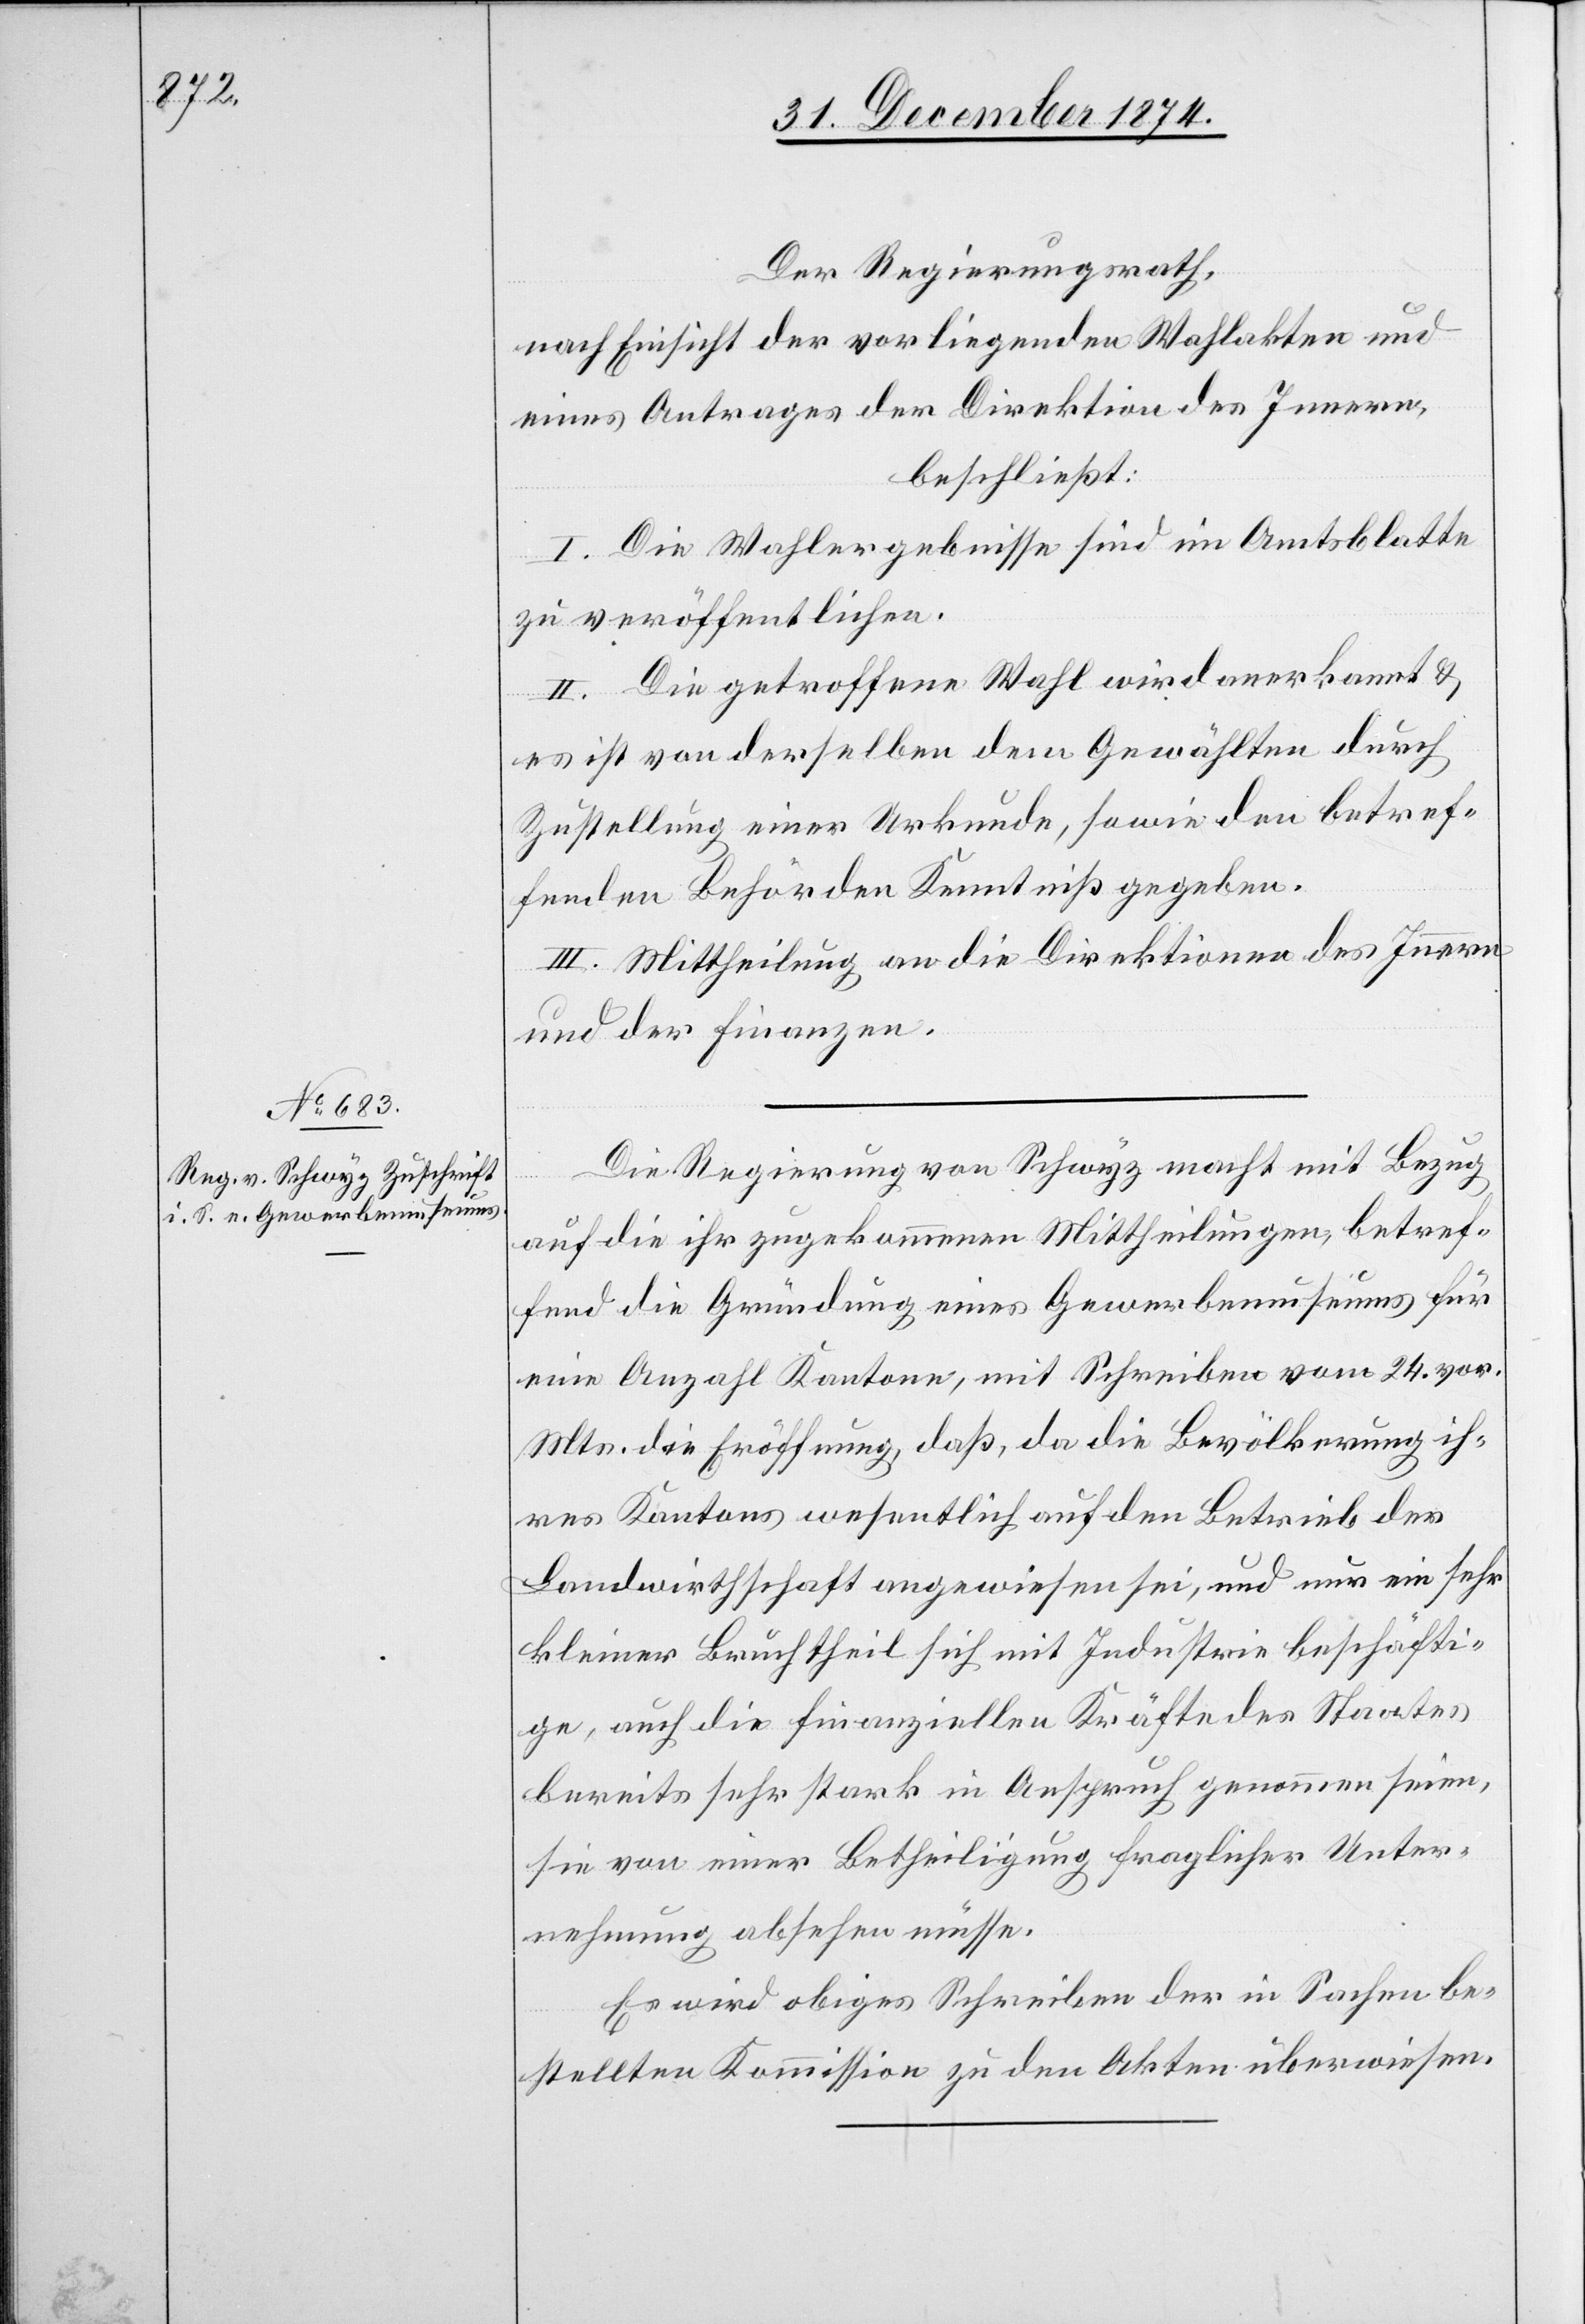
Der Regierungsrath,
eines Antrages der Direktion des Innern,
beschließt:
I. Die Wahlergebnisse sind im Amtsblatte
zu veröffentlichen.
II. Die getroffene Wahl wird anerkannt &
es ist von derselben dem Gewählten durch
Zustellung einer Urkunde, sowie den betref¬
fenden Behörden Kenntniß gegeben.
III. Mittheilung an die Direktion des Innern
und der Finanzen.
Die Regierung von Schwyz macht mit Bezug
auf die ihr zugekommenen Mittheilungen, betref¬
fend die Gründung eines Gewerbemuseums für
eine Anzahl Kantone, mit Schreiben vom 24. vor.
Mts. die Eröffnung, daß, da die Bevölkerung ih¬
res Kantons wesentlich auf den Betrieb des
Landwirthschaft angewiesen sei, und nur ein sehr
kleiner Bruchtheil sich mit Industrie beschäfti¬
ge, auch die finanziellen Kräfte des Staates
bereits sehr stark in Anspruch genommen seien,
sie von einer Betheiligung fraglicher Unter¬
nehmung absehen müsse.
Es wird obiges Schreiben der in Sachen be¬
stellten Kommission zu den Akten überwiesen.